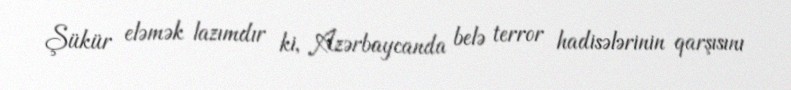
Şükür eləmək lazımdır ki, Azərbaycanda belə terror hadisələrinin qarşısını